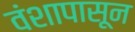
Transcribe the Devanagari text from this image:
वंशापासून